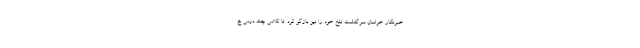
خبرنگار خراسان سرگذشت تلخ خود را نیز بازگو کرد. تا کلاس چند درس خ